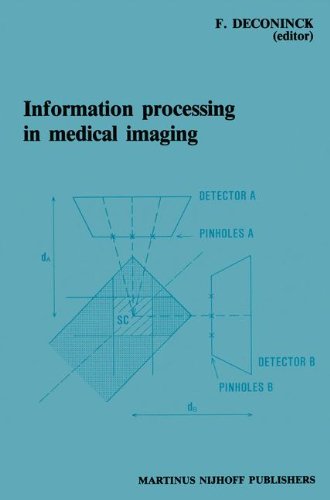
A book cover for Information Processing in Medical Imaging: Proceedings of the 8th conference, Brussels, 29 August - 2 September 1983 (Proceedings of the Eighth Conference, Brussels, 29 August-2); Medical Books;